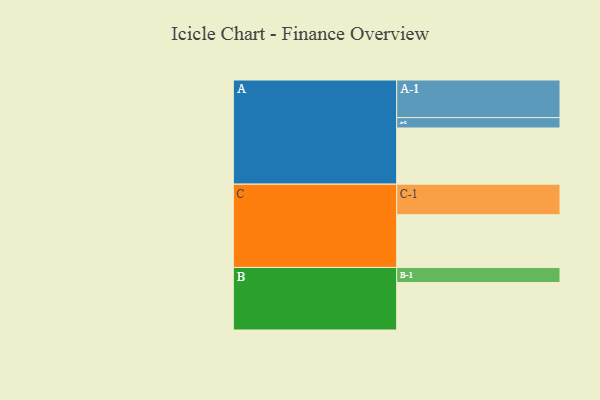
{"axis": {"x": "Segment", "y": "Value"}, "legend": ["", "A", "B", "C"], "data": [{"x": "A", "y": 363, "type": ""}, {"x": "B", "y": 307, "type": ""}, {"x": "C", "y": 341, "type": ""}, {"x": "A-1", "y": 243, "type": "A"}, {"x": "A-2", "y": 67, "type": "A"}, {"x": "B-1", "y": 97, "type": "B"}, {"x": "C-1", "y": 197, "type": "C"}]}